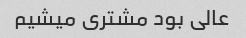
عالی بود مشتری میشیم